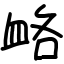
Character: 衉